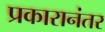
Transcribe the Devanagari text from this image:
प्रकारानंतर